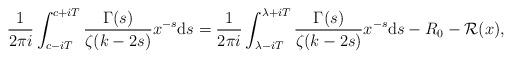
LaTeX: \begin{align*}\frac{1}{2 \pi i } \int_{c - i T}^{c+i T} \frac{ \Gamma(s) }{\zeta(k-2s) } x^{-s} {\rm d}s= \frac{1}{2 \pi i } \int_{\lambda - i T}^{\lambda+i T} \frac{ \Gamma(s) }{\zeta(k-2s) } x^{-s} {\rm d}s - R_0 - \mathcal{R}(x),\end{align*}